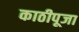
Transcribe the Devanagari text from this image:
काठीपूजा